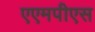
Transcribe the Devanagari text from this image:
एएमपीएस